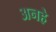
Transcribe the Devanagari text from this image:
अनहे